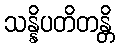
သန္နိပတိတန္တိ